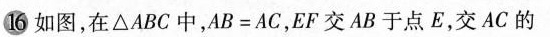
16 如图，在△ABC中，AB=AC，EF交AB于点E，交AC的